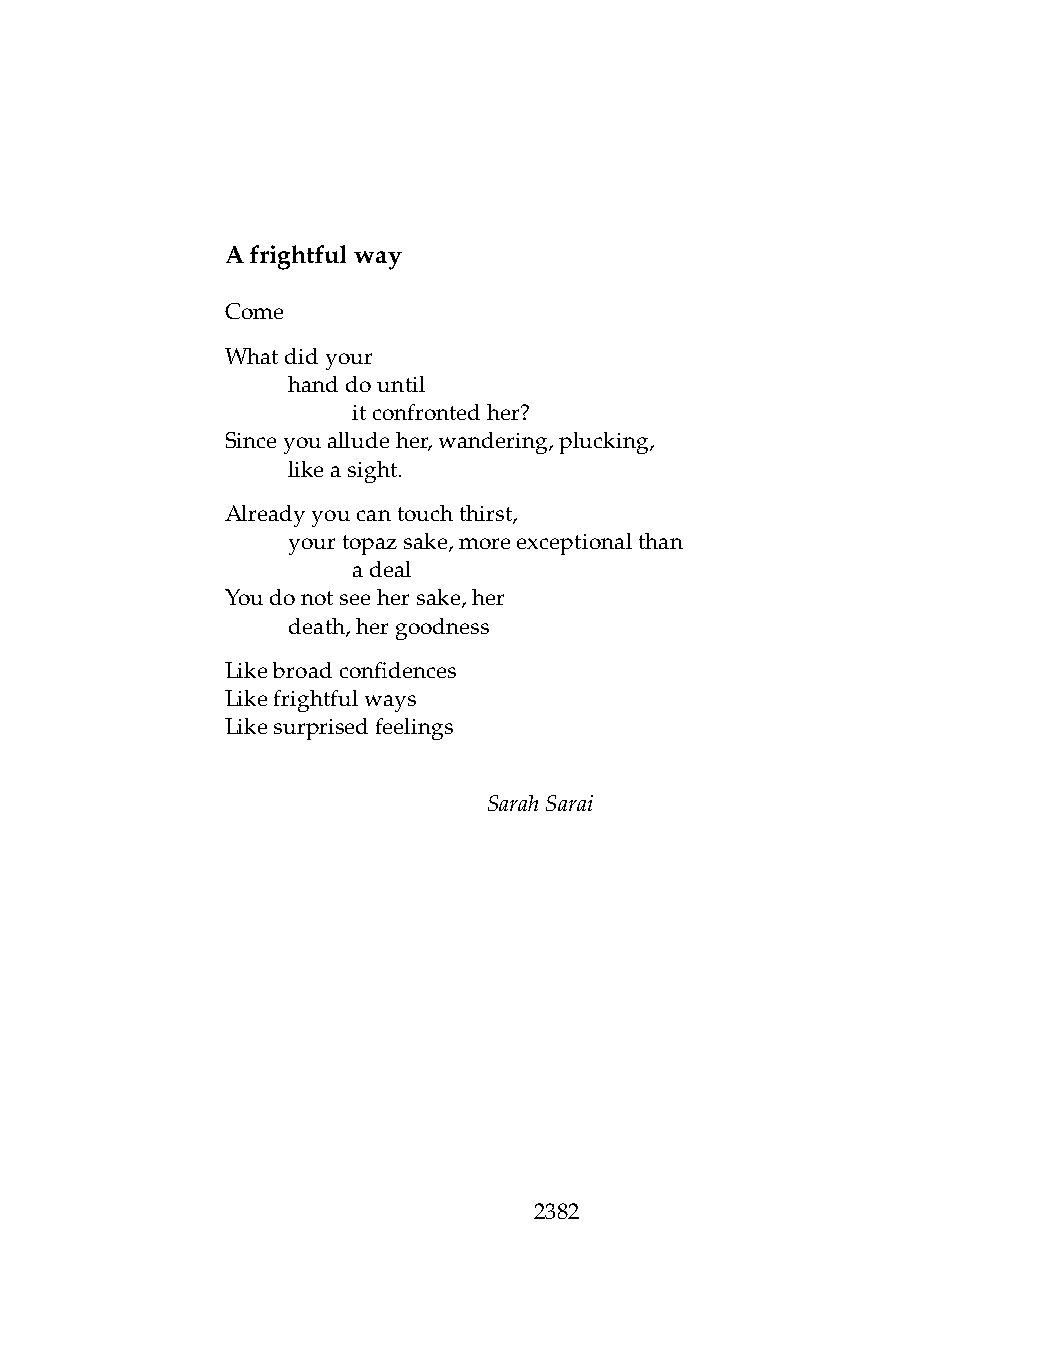
Afrightfulway
 Come
 Whatdidyour
 .   handdountil
 .   .   itconfrontedher?
 Sinceyoualludeher,wandering,plucking,
 .   likeasight.
 Alreadyyoucantouchthirst,
 .   yourtopazsake,moreexceptionalthan
 .   .   adeal
 Youdonotseehersake,her
 .   death,hergoodness
 Likebroadconfidences
 Likefrightfulways
 Likesurprisedfeelings
 SarahSarai
 2382